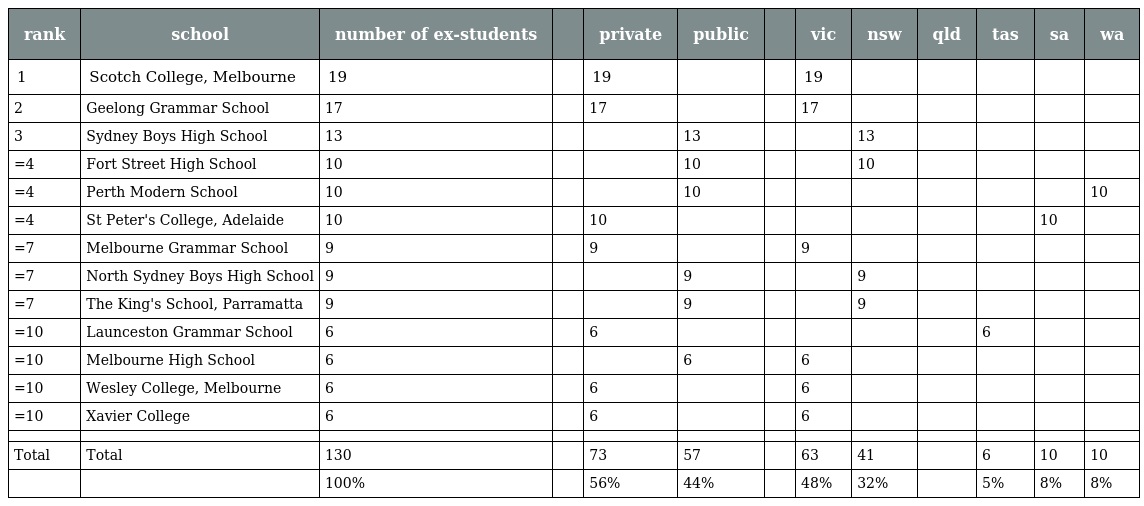
| rank | school | number of ex-students |  | private | public |  | vic | nsw | qld | tas | sa | wa |
 | --- | --- | --- | --- | --- | --- | --- | --- | --- | --- | --- | --- | --- |
 | 1 | Scotch College, Melbourne | 19 |  | 19 |  |  | 19 |  |  |  |  |  |
 | 2 | Geelong Grammar School | 17 |  | 17 |  |  | 17 |  |  |  |  |  |
 | 3 | Sydney Boys High School | 13 |  |  | 13 |  |  | 13 |  |  |  |  |
 | =4 | Fort Street High School | 10 |  |  | 10 |  |  | 10 |  |  |  |  |
 | =4 | Perth Modern School | 10 |  |  | 10 |  |  |  |  |  |  | 10 |
 | =4 | St Peter's College, Adelaide | 10 |  | 10 |  |  |  |  |  |  | 10 |  |
 | =7 | Melbourne Grammar School | 9 |  | 9 |  |  | 9 |  |  |  |  |  |
 | =7 | North Sydney Boys High School | 9 |  |  | 9 |  |  | 9 |  |  |  |  |
 | =7 | The King's School, Parramatta | 9 |  |  | 9 |  |  | 9 |  |  |  |  |
 | =10 | Launceston Grammar School | 6 |  | 6 |  |  |  |  |  | 6 |  |  |
 | =10 | Melbourne High School | 6 |  |  | 6 |  | 6 |  |  |  |  |  |
 | =10 | Wesley College, Melbourne | 6 |  | 6 |  |  | 6 |  |  |  |  |  |
 | =10 | Xavier College | 6 |  | 6 |  |  | 6 |  |  |  |  |  |
 |  |  |  |  |  |  |  |  |  |  |  |  |  |
 | Total | Total | 130 |  | 73 | 57 |  | 63 | 41 |  | 6 | 10 | 10 |
 |  |  | 100% |  | 56% | 44% |  | 48% | 32% |  | 5% | 8% | 8% |